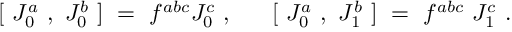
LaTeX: { } ~ ~ [ ~ J _ { 0 } ^ { a } ~ , ~ J _ { 0 } ^ { b } ~ ] ~ = ~ f ^ { a b c } J _ { 0 } ^ { c } ~ , ~ ~ ~ ~ ~ [ ~ J _ { 0 } ^ { a } ~ , ~ J _ { 1 } ^ { b } ~ ] ~ = ~ f ^ { a b c } { } ~ J _ { 1 } ^ { c } ~ . ~